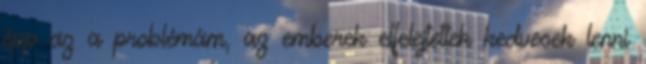
épp az a problémám, az emberek elfelejtettek kedvesek lenni